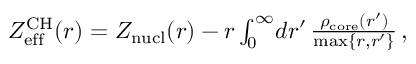
\begin{array} { r } { Z _ { \mathrm { e f f } } ^ { \mathrm { C H } } ( r ) = Z _ { \mathrm { n u c l } } ( r ) - r \int _ { 0 } ^ { \infty } \! d r ^ { \prime } \, \frac { \rho _ { \mathrm { c o r e } } ( r ^ { \prime } ) } { \mathrm { m a x } \{ r , r ^ { \prime } \} } \, , } \end{array}